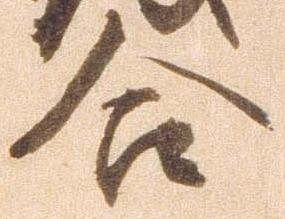
合